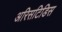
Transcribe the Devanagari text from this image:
अरिसटिडिस